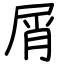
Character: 屑